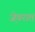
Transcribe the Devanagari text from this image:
जे़वरात